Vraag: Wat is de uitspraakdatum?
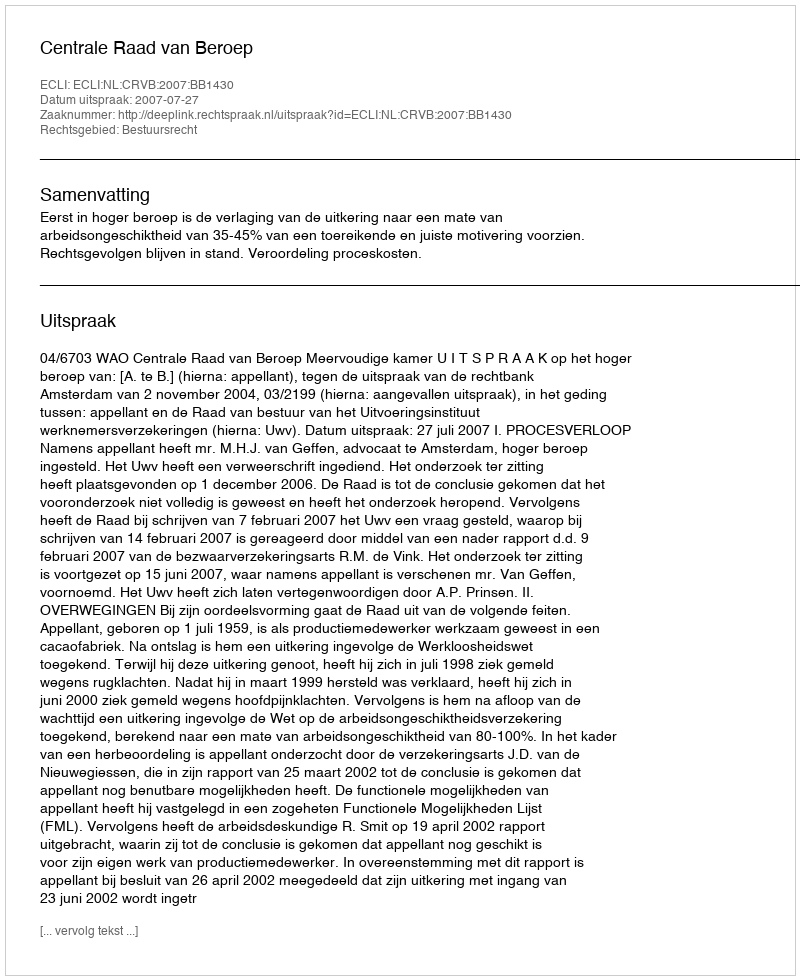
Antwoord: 2007-07-27